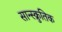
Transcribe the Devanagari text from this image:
सान्स्क्रुतिक